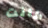
كانت